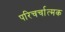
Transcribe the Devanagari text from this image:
परिचर्चात्मक